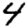
Digit: 4